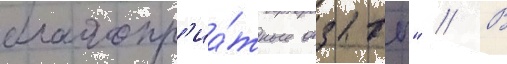
благопр'иа́тные отзывы" // В